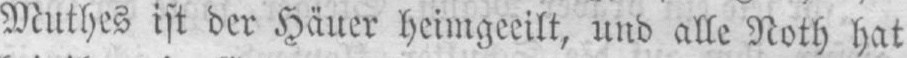
Muthes ist der Häuer heimgeeilt, und alle Noth hat